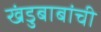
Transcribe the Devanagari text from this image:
खंडुबाबांची